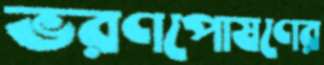
ভরণপোষণের